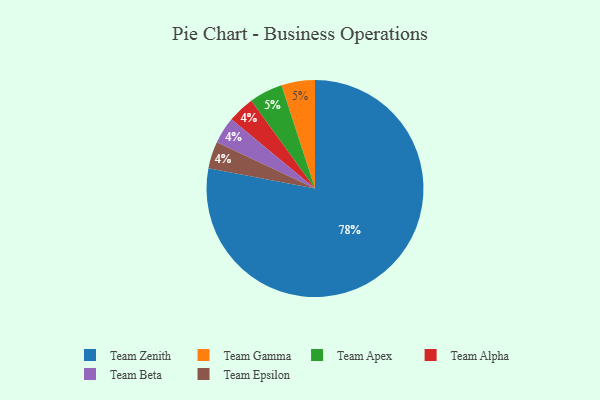
{"axis": {"x": "Category", "y": "Percentage"}, "legend": ["Team Alpha", "Team Apex", "Team Beta", "Team Epsilon", "Team Gamma", "Team Zenith"], "data": [{"x": "Team Gamma", "y": 5, "type": "Team Gamma"}, {"x": "Team Alpha", "y": 4, "type": "Team Alpha"}, {"x": "Team Beta", "y": 4, "type": "Team Beta"}, {"x": "Team Zenith", "y": 78, "type": "Team Zenith"}, {"x": "Team Apex", "y": 5, "type": "Team Apex"}, {"x": "Team Epsilon", "y": 4, "type": "Team Epsilon"}]}